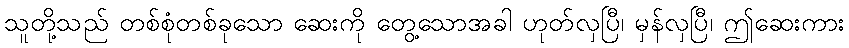
သူတို့သည် တစ်စုံတစ်ခုသော ဆေးကို တွေ့သောအခါ ဟုတ်လှပြီ၊ မှန်လှပြီ၊ ဤဆေးကား